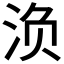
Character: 𰛨